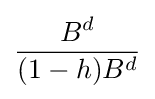
{\frac {B^{d}}{(1-h)B^{d}}}